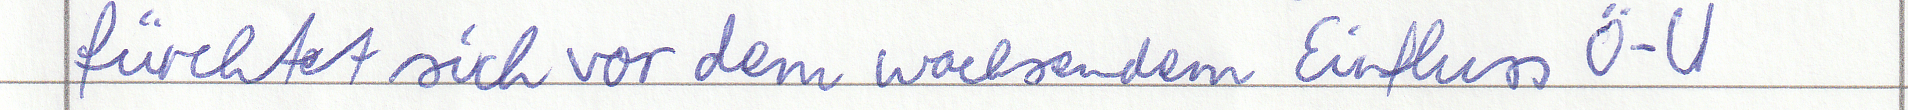
fürchtet sich vor dem wachsendem Einfluss Ö-U